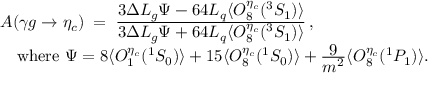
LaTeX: \begin{array} { r l } { { } } & { { A ( \gamma g \to \eta _ { c } ) \; = \; { \frac { \displaystyle 3 \Delta { \cal L } _ { g } \Psi - 6 4 { \cal L } _ { q } \langle { \cal O } _ { 8 } ^ { \eta _ { c } } ( { } ^ { 3 } S _ { 1 } ) \rangle } { \displaystyle 3 \Delta { \cal L } _ { g } \Psi + 6 4 { \cal L } _ { q } \langle { \cal O } _ { 8 } ^ { \eta _ { c } } ( { } ^ { 3 } S _ { 1 } ) \rangle } } \, , } } \\ { { } } & { { \quad \mathrm { w h e r e \ } \Psi = 8 \langle { \cal O } _ { 1 } ^ { \eta _ { c } } ( { } ^ { 1 } S _ { 0 } ) \rangle + 1 5 \langle { \cal O } _ { 8 } ^ { \eta _ { c } } ( { } ^ { 1 } S _ { 0 } ) \rangle + { \frac { \displaystyle 9 } { \displaystyle m ^ { 2 } } } \langle { \cal O } _ { 8 } ^ { \eta _ { c } } ( { } ^ { 1 } P _ { 1 } ) \rangle . } } \end{array}